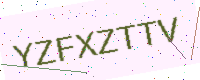
Text: YZFXZTTV